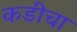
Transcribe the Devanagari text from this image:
कडीचा